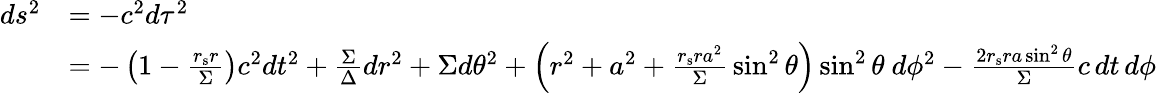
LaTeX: {\begin{array}{rl}{ds^{2}}&{=-c^{2}d\tau^{2}}\\ &{=-\left(1-{\frac{r_{\mathrm{s}}r}{\Sigma}}\right)c^{2}dt^{2}+{\frac{\Sigma}{\Delta}}dr^{2}+\Sigma d\theta^{2}+\left(r^{2}+a^{2}+{\frac{r_{\mathrm{s}}ra^{2}}{\Sigma}}\sin^{2}\theta\right)\sin^{2}\theta\ d\phi^{2}-{\frac{2r_{\mathrm{s}}ra\sin^{2}\theta}{\Sigma}}c\, dt\, d\phi}\end{array}}